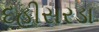
દહીસરડા